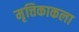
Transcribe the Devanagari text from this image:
मृत्तिकाकला